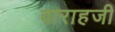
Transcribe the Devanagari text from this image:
वाराहजी